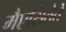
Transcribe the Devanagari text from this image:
मैएसितेते